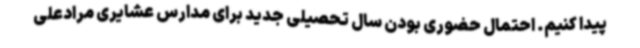
پیدا کنیم. احتمال حضوری بودن سال تحصیلی جدید برای مدارس عشایری مرادعلی